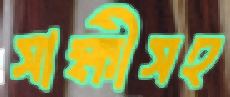
সাক্ষীসহ